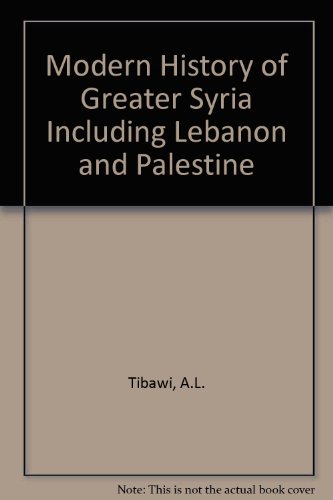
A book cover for Modern History of Greater Syria Including Lebanon and Palestine; A.L. Tibawi; History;